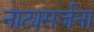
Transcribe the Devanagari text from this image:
नाट्यसर्जना